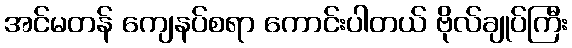
အင်မတန် ကျေနပ်စရာ ကောင်းပါတယ် ဗိုလ်ချုပ်ကြီး